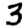
Digit: 3